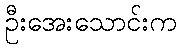
ဦးအေးသောင်းက